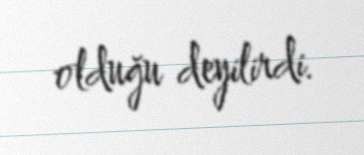
olduğu deyilirdi.